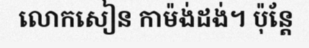
លោកសៀន កាម៉ង់ដង់។ ប៉ុន្តែ